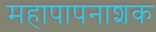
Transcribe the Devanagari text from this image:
महापापनाशक